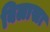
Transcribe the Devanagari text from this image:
बिलासा